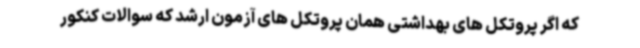
که اگر پروتکل های بهداشتی همان پروتکل های آزمون ارشد که سوالات کنکور